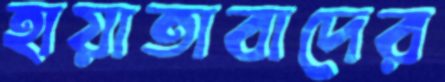
হায়াতাবাদের